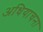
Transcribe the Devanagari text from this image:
अधियाचना